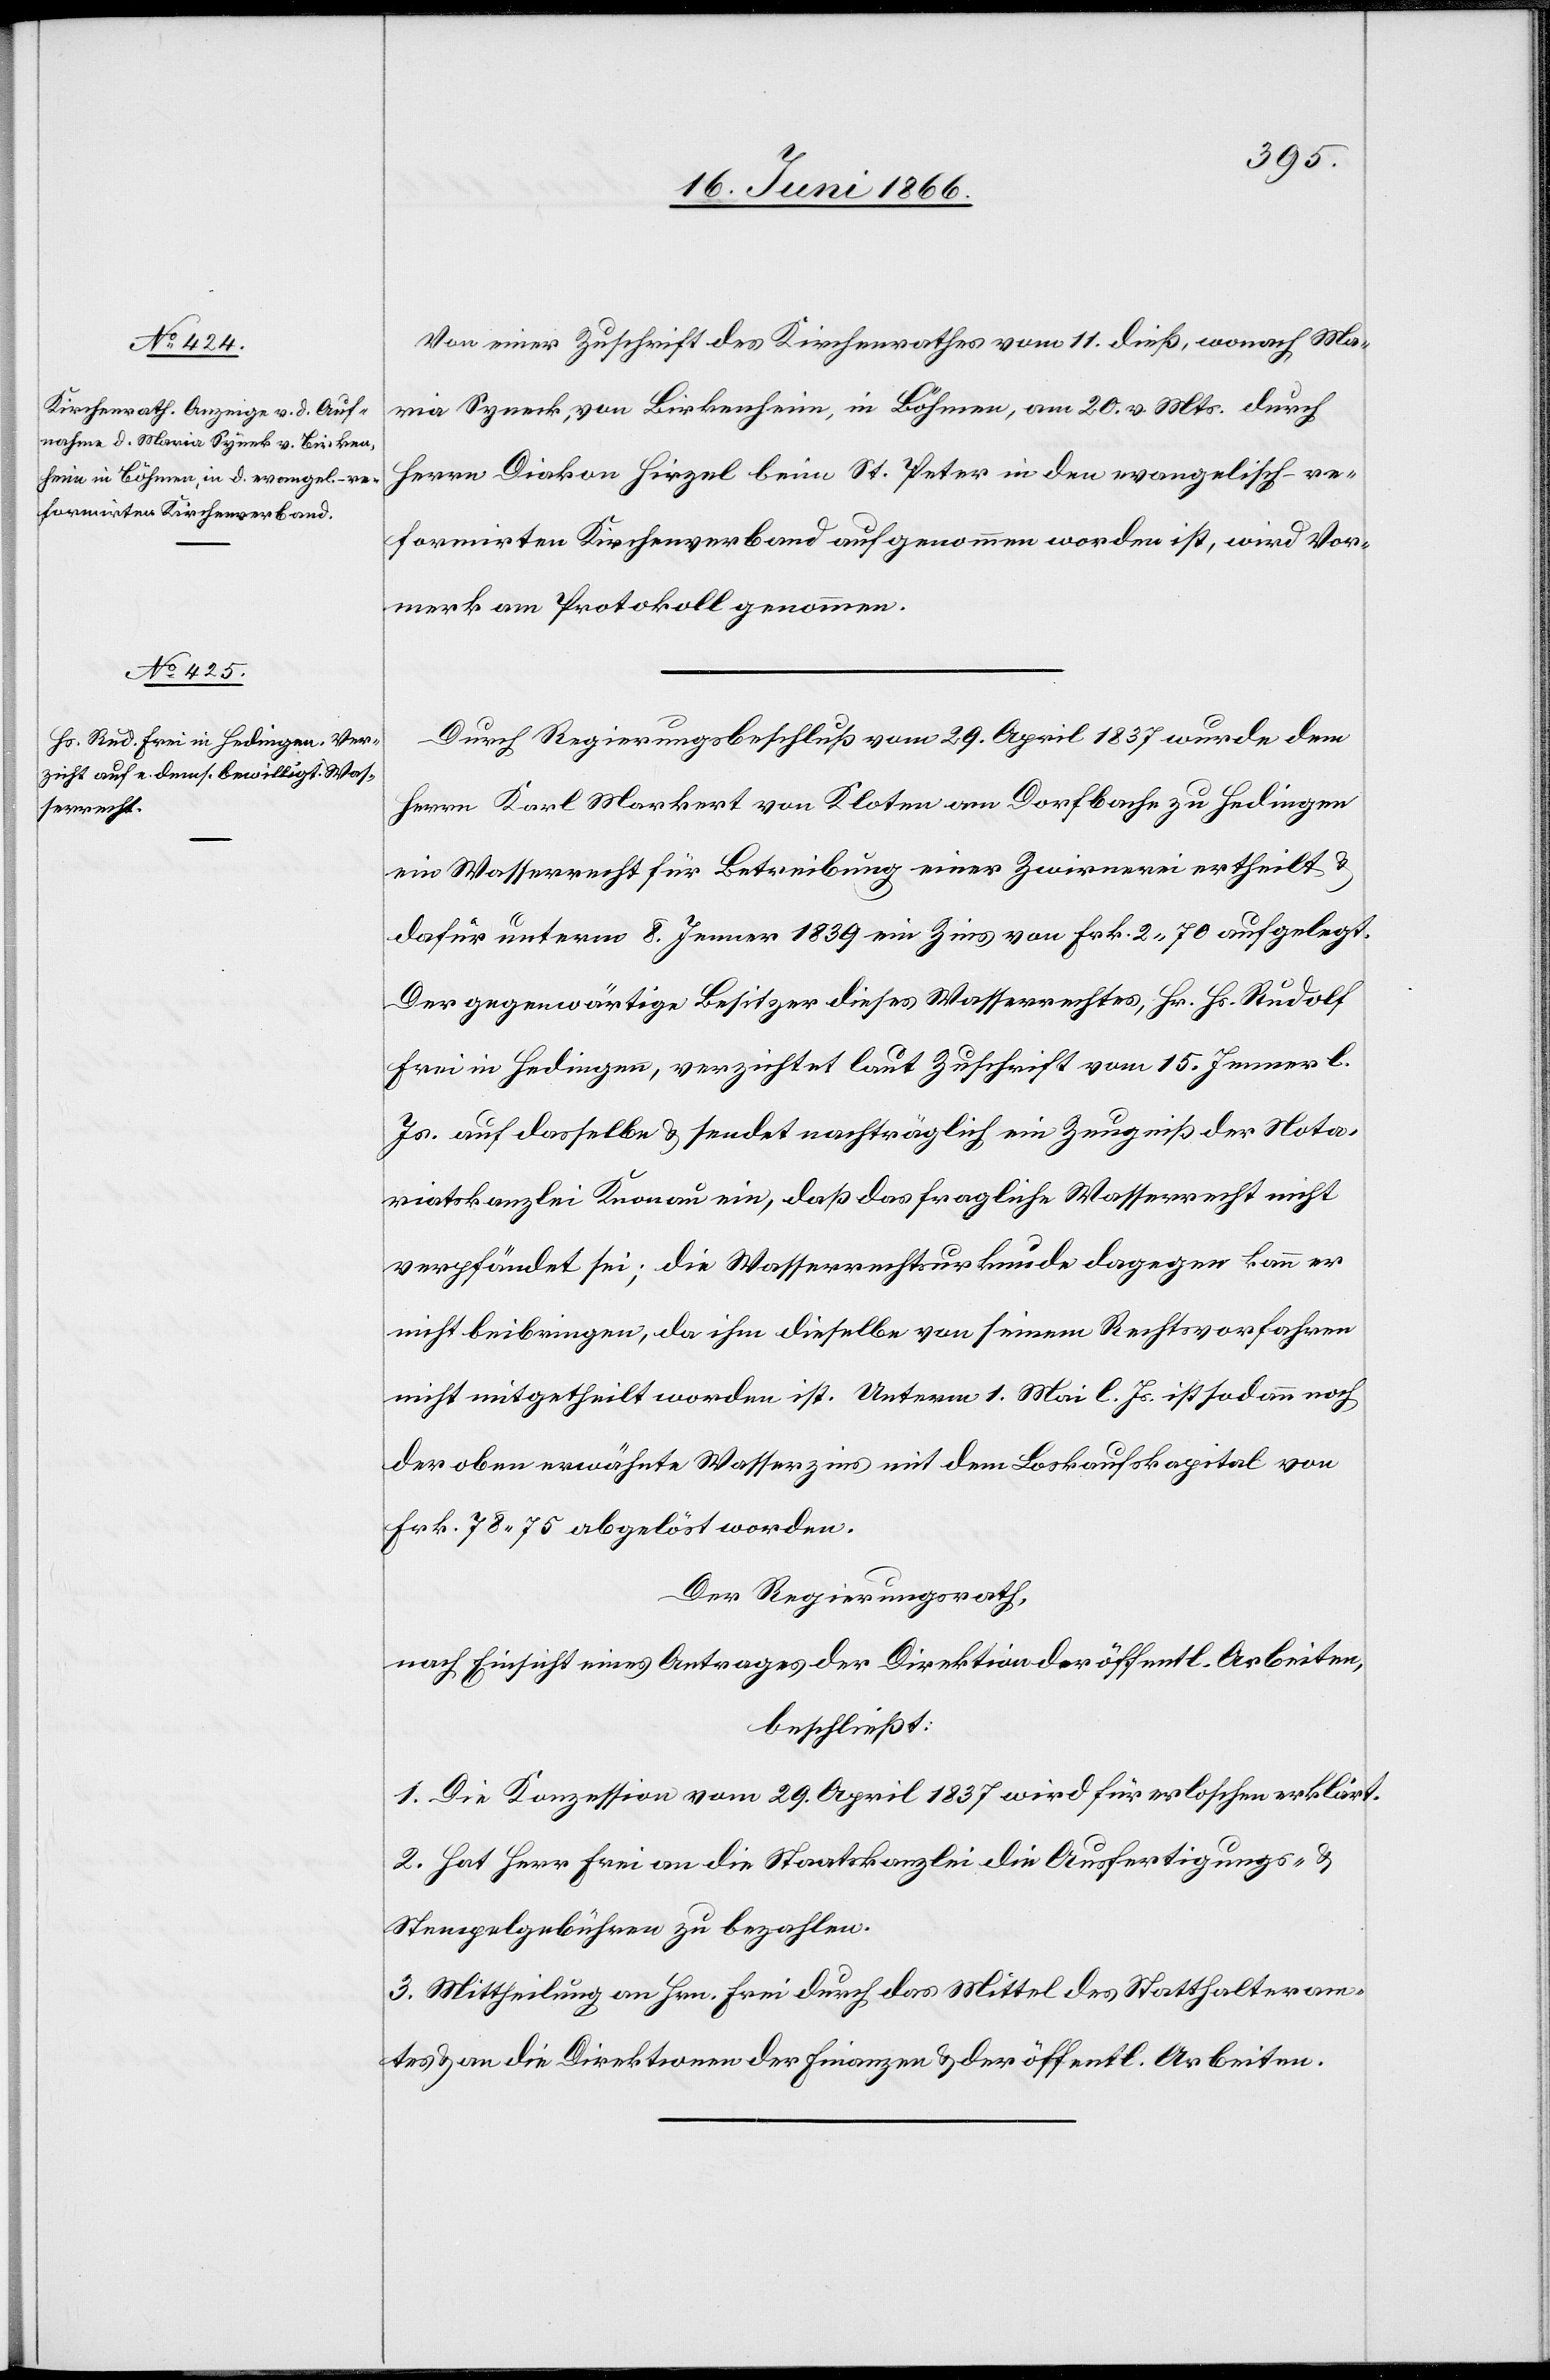
Von einer Zuschrift des Kirchenrathes vom 11. dieß, wonach Ma¬
ria Syneck, von Birkenheim, in Böhmen, am 20. v. Mts. durch
Herrn Diakon Hirzel beim St. Peter in den evangelisch-re¬
formirten Kirchenverband aufgenommen worden ist, wird Vor¬
merk am Protokoll genommen.
Durch Regierungsbeschluß vom 29. April 1837 wurde dem
Herrn Karl Markart von Kloten am Dorfbache zu Hedingen
ein Wasserrecht für Betreibung einer Zwirrerei ertheilt u.
dafür unterm 8. Jenner 1839 ein Zins von Frk. 2.70 aufgelegt.
Der gegenwärtige Besitzer dieses Wasserrechtes, Hr. Hs. Rudolf
Frei in Hedingen, verzichtet laut Zuschrift vom 15. Jenner l.
Js. auf dasselbe u. sendet nachträglich ein Zeugniß der Nota¬
riatskanzlei Knonau ein, daß das fragliche Wasserrecht nicht
verpfändet sei; die Wasserrechtsurkunde dagegen kann er
nicht beibringen, da ihm dieselbe von seinem Rechtsvorfahren
nicht mitgetheilt worden ist. Unterm 1. Mai l. Js. ist sodann noch
der oben erwähnte Wasserzins mit dem Loskaufskapital von
Frk. 78.75 abgelöst worden.
Der Regierungsrath,
nach Einsicht eines Antrages der Direktion der öffentl. Arbeiten,
beschließt:
1. Die Konzession vom 29. April 1837 wird für erloschen erklärt.
2. Hat Herr Frei an die Staatskanzlei die Ausfertigungs- u.
Stempelgebühren zu bezahlen.
3. Mittheilung an Hrn. Frei durch das Mittel des Statthalteram¬
tes u. an die Direktoren der Finanzen u. der öffentl. Arbeiten.